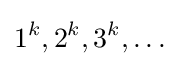
1^{k},2^{k},3^{k},\dots